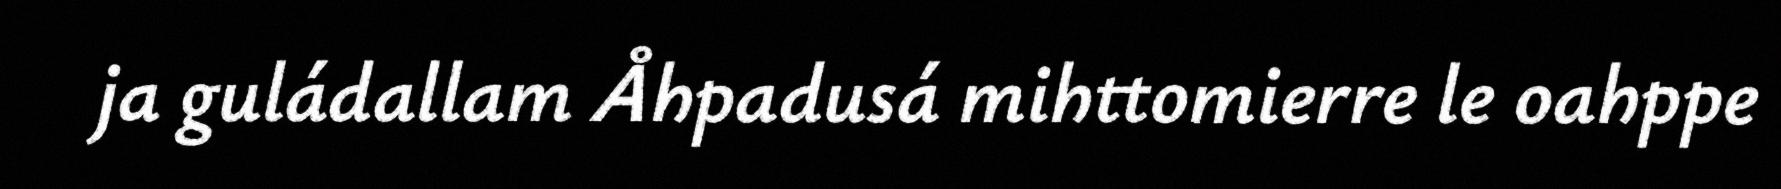
ja guládallam Åhpadusá mihttomierre le oahppe